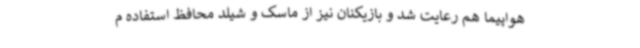
هواپیما هم رعایت شد و بازیکنان نیز از ماسک و شیلد محافظ استفاده م